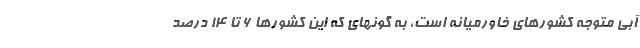
آبی متوجه کشورهای خاورمیانه است، به گونهای که این کشورها ۶ تا ۱۴ درصد